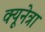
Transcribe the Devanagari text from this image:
क्यूनेत्रा